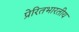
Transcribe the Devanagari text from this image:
प्रेरितभारतीय